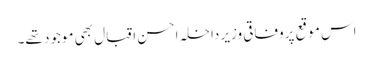
اس موقع پروفاقی وزیر داخلہ احسن اقبال بھی موجود تھے۔